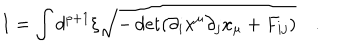
I = \int d ^ { p + 1 } \xi \sqrt { - \det ( \partial _ { i } x ^ { \mu } \partial _ { j } x _ { \mu } + F _ { i j } ) } \quad .